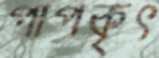
পাপকৃৎ